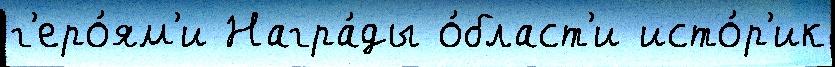
г'еро́ям'и Награ́ды о́бласт'и исто́р'ик